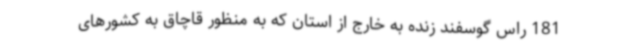
181 راس گوسفند زنده به خارج از استان که به منظور قاچاق به کشورهای